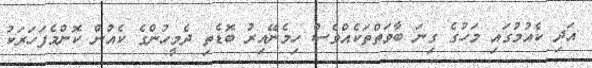
އަދި ކެއުމުގައި މަހުގެ ގިނަ ބާވަތްތަކެއްވެސް ހިމެނޭއިރު ބޮޑެތި ދެމީހުންގެ ކެއުން ކޮންމެފަހަރަކު